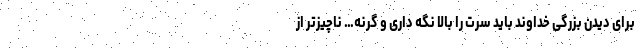
برای دیدن بزرگی خداوند باید سرت را بالا نگه داری و گرنه… ناچیزتر از